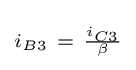
\scriptstyle i_{B3}~=~{\frac {i_{C3}}{\beta }}